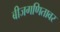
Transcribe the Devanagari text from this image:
बीजगणितावर